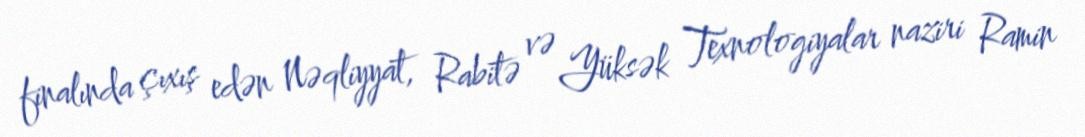
finalında çıxış edən Nəqliyyat, Rabitə və Yüksək Texnologiyalar naziri Ramin